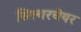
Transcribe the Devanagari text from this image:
सिल्वरचेयर